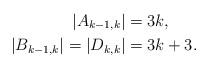
LaTeX: \begin{align*}|A_{k-1,k}| & = 3 k, \\|B_{k-1,k}| = |D_{k,k}| & = 3 k + 3.\\\end{align*}